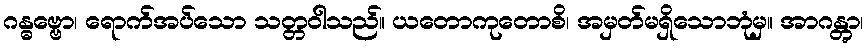
ဂန္ဓဗ္ဗော၊ ရောက်အပ်သော သတ္တဝါသည်။ ယတောကုတောစိ၊ အမှတ်မရှိသောဘုံမှ။ အာဂန္တွာ၊